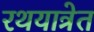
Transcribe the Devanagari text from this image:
रथयात्रेत